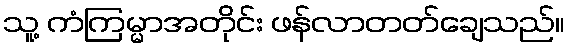
သူ့ ကံကြမ္မာအတိုင်း ဖန်လာတတ်ချေသည်။